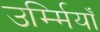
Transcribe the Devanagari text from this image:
उर्म्मियाँ